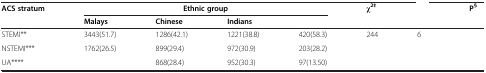
<table><thead><tr><td><b>ACS stratum</b></td><td colspan="3"><b>Ethnic group</b></td><td>[EMPTY_CELL]</td><td><b>χ<sup>2‡</sup></b></td><td>[EMPTY_CELL]</td><td><b> P<sup>§</sup></b></td></tr><tr><td>[EMPTY_CELL]</td><td><b>Malays</b></td><td><b>Chinese</b></td><td><b>Indians</b></td><td>[EMPTY_CELL]</td><td>[EMPTY_CELL]</td><td>[EMPTY_CELL]</td><td>[EMPTY_CELL]</td></tr></thead><tbody><tr><td>STEMI**</td><td>3443(51.7)</td><td>1286(42.1)</td><td>1221(38.8)</td><td>420(58.3)</td><td>244</td><td>6</td><td>[EMPTY_CELL]</td></tr><tr><td>NSTEMI***</td><td>1762(26.5)</td><td>899(29.4)</td><td>972(30.9)</td><td>203(28.2)</td><td>[EMPTY_CELL]</td><td>[EMPTY_CELL]</td><td>[EMPTY_CELL]</td></tr><tr><td>UA****</td><td>[EMPTY_CELL]</td><td>868(28.4)</td><td>952(30.3)</td><td>97(13.50)</td><td>[EMPTY_CELL]</td><td>[EMPTY_CELL]</td><td>[EMPTY_CELL]</td></tr></tbody></table>